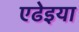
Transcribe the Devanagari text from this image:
एढेइया